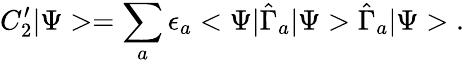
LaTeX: C_{2}^{\prime}|\Psi>=\sum_{a}\epsilon_{a}<\Psi|\hat{\Gamma}_{a}|\Psi>\hat{\Gamma}_{a}|\Psi>\; .